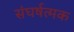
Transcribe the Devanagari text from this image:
संघर्षत्मक